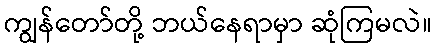
ကျွန်တော်တို့ ဘယ်နေရာမှာ ဆုံကြမလဲ။